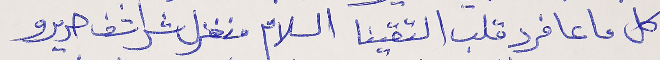
كل ما عا فرد قلب التقينا السلام منغزل شراشف حريرو